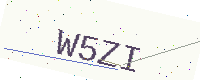
Text: W5ZI